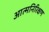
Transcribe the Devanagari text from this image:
आत्मनिरिक्षण